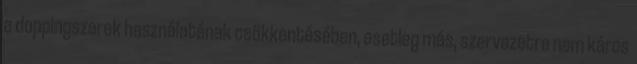
a doppingszerek használatának csökkentésében, esetleg más, szervezetre nem káros